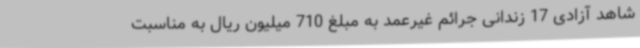
شاهد آزادی 17 زندانی جرائم غیرعمد به مبلغ 710 میلیون ریال به مناسبت